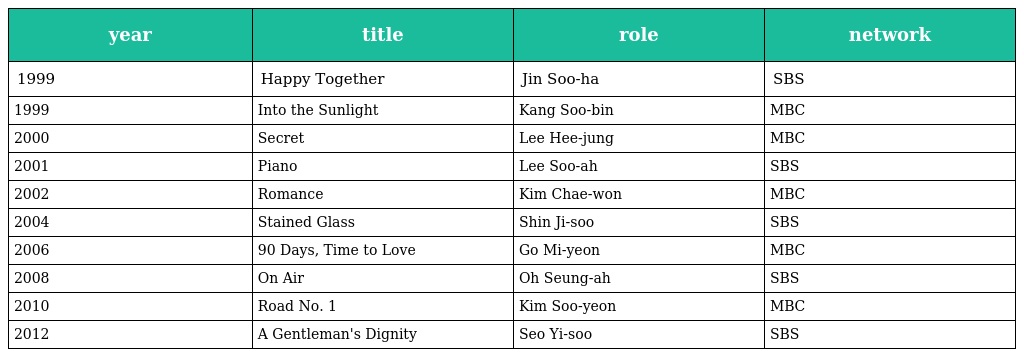
| year | title | role | network |
 | --- | --- | --- | --- |
 | 1999 | Happy Together | Jin Soo-ha | SBS |
 | 1999 | Into the Sunlight | Kang Soo-bin | MBC |
 | 2000 | Secret | Lee Hee-jung | MBC |
 | 2001 | Piano | Lee Soo-ah | SBS |
 | 2002 | Romance | Kim Chae-won | MBC |
 | 2004 | Stained Glass | Shin Ji-soo | SBS |
 | 2006 | 90 Days, Time to Love | Go Mi-yeon | MBC |
 | 2008 | On Air | Oh Seung-ah | SBS |
 | 2010 | Road No. 1 | Kim Soo-yeon | MBC |
 | 2012 | A Gentleman's Dignity | Seo Yi-soo | SBS |